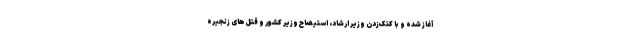
آغاز شده و با کتک‌زدن وزیر ارشاد، استیضاح وزیر کشور و قتل‌های زنجیره